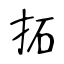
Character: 拓